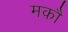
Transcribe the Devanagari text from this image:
मकौ